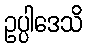
ဥပ္ပါဒေသိ